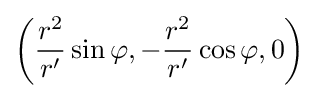
\left({\frac {r^{2}}{r'}}\sin \varphi ,-{\frac {r^{2}}{r'}}\cos \varphi ,0\right)\